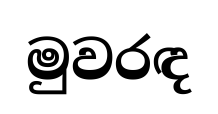
මුවරඳ